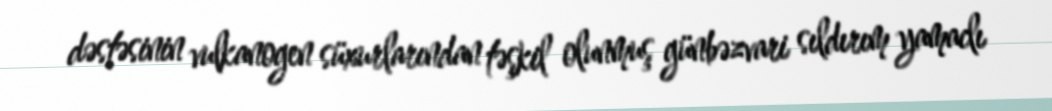
dəstəsinin vulkanogen süxurlarından təşkil olunmuş günbəzvari sıldırım yamaclı